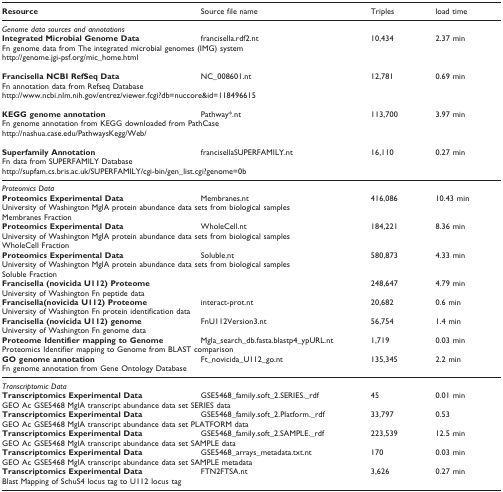
<table><thead><tr><td><b>Resource</b></td><td><b>Source file name</b></td><td><b>Triples</b></td><td><b>load time</b></td></tr></thead><tbody><tr><td colspan="4"><i>Genome data sources and annotations</i></td></tr><tr><td><b>Integrated Microbial Genome Data</b></td><td>francisella.rdf2.nt</td><td>10,434</td><td>2.37 min</td></tr><tr><td colspan="4">Fn genome data from The integrated microbial genomes (IMG) system</td></tr><tr><td colspan="4">http://genome.jgi-psf.org/mic_home.html</td></tr><tr><td><b>Francisella NCBI RefSeq Data</b></td><td>NC_008601.nt</td><td>12,781</td><td>0.69 min</td></tr><tr><td colspan="4">Fn annotation data from Refseq Database</td></tr><tr><td colspan="4">http://www.ncbi.nlm.nih.gov/entrez/viewer.fcgi?db=nuccore&amp;id=118496615</td></tr><tr><td><b>KEGG genome annotation</b></td><td>Pathway*.nt</td><td>113,700</td><td>3.97 min</td></tr><tr><td colspan="4">Fn genome annotation from KEGG downloaded from PathCase</td></tr><tr><td colspan="4">http://nashua.case.edu/PathwaysKegg/Web/</td></tr><tr><td><b>Superfamily Annotation</b></td><td>francisellaSUPERFAMILY.nt</td><td>16,110</td><td>0.27 min</td></tr><tr><td colspan="4">Fn data from SUPERFAMILY Database</td></tr><tr><td colspan="4">http://supfam.cs.bris.ac.uk/SUPERFAMILY/cgi-bin/gen_list.cgi?genome=0b</td></tr><tr><td colspan="4"><i>Proteomics Data</i></td></tr><tr><td><b>Proteomics Experimental Data</b></td><td>Membranes.nt</td><td>416,086</td><td>10.43 min</td></tr><tr><td colspan="4">University of Washington MglA protein abundance data sets from biological samples</td></tr><tr><td>Membranes Fraction</td><td></td><td></td><td></td></tr><tr><td><b>Proteomics Experimental Data</b></td><td>WholeCell.nt</td><td>184,221</td><td>8.36 min</td></tr><tr><td colspan="4">University of Washington MglA protein abundance data sets from biological samples</td></tr><tr><td>WholeCell Fraction</td><td></td><td></td><td></td></tr><tr><td><b>Proteomics Experimental Data</b></td><td>Soluble.nt</td><td>580,873</td><td>4.33 min</td></tr><tr><td colspan="4">University of Washington MglA protein abundance data sets from biological samples</td></tr><tr><td>Soluble Fraction</td><td></td><td></td><td></td></tr><tr><td><b>Francisella (novicida U112) Proteome</b></td><td></td><td>248,647</td><td>4.79 min</td></tr><tr><td colspan="4">University of Washington Fn peptide data</td></tr><tr><td><b>Francisella(novicida U112) Proteome</b></td><td>interact-prot.nt</td><td>20,682</td><td>0.6 min</td></tr><tr><td colspan="4">University of Washington Fn protein identification data</td></tr><tr><td><b>Francisella (novicida U112) genome</b></td><td>FnU112Version3.nt</td><td>56,754</td><td>1.4 min</td></tr><tr><td colspan="4">University of Washington Fn genome data</td></tr><tr><td><b>Proteome Identifier mapping to Genome</b></td><td>Mgla_search_db.fasta.blastp4_ypURL.nt</td><td>1,719</td><td>0.03 min</td></tr><tr><td colspan="4">Proteomics Identifier mapping to Genome from BLAST comparison</td></tr><tr><td><b>GO genome annotation</b></td><td>Ft_novicida_U112_go.nt</td><td>135,345</td><td>2.2 min</td></tr><tr><td colspan="4">Fn genome annotation from Gene Ontology Database</td></tr><tr><td colspan="4"><i>Transcriptomic Data</i></td></tr><tr><td><b>Transcriptomics Experimental Data</b></td><td>GSE5468_family.soft_2.SERIES._rdf</td><td>45</td><td>0.01 min</td></tr><tr><td colspan="4">GEO Ac GSE5468 MglA transcript abundance data set SERIES data</td></tr><tr><td><b>Transcriptomics Experimental Data</b></td><td>GSE5468_family.soft_2.Platform._rdf</td><td>33,797</td><td>0.53</td></tr><tr><td colspan="4">GEO Ac GSE5468 MglA transcript abundance data set PLATFORM data</td></tr><tr><td><b>Transcriptomics Experimental Data</b></td><td>GSE5468_family.soft_2.SAMPLE._rdf</td><td>223,539</td><td>12.5 min</td></tr><tr><td colspan="4">GEO Ac GSE5468 MglA transcript abundance data set SAMPLE data</td></tr><tr><td><b>Transcriptomics Experimental Data</b></td><td>GSE5468_arrays_metadata.txt.nt</td><td>170</td><td>0.03 min</td></tr><tr><td colspan="4">GEO Ac GSE5468 MglA transcript abundance data set SAMPLE metadata</td></tr><tr><td><b>Transcriptomics Experimental Data</b></td><td>FTN2FTSA.nt</td><td>3,626</td><td>0.27 min</td></tr><tr><td colspan="4">Blast Mapping of SchuS4 locus tag to U112 locus tag</td></tr></tbody></table>